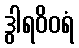
ဒွါရဝိဝရံ